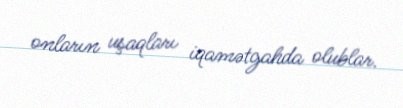
onların uşaqları iqamətgahda olublar.